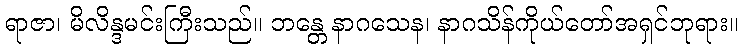
ရာဇာ၊ မိလိန္ဒမင်းကြီးသည်။ ဘန္တေ နာဂသေန၊ နာဂသိန်ကိုယ်တော်အရှင်ဘုရား။